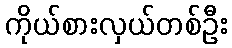
ကိုယ်စားလှယ်တစ်ဦး